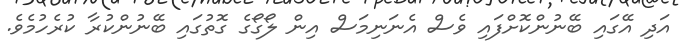
އަދި އޭގައި ބޭނުންކޮށްފައި ވެސް އެނަނިމަސް އިން ލޯގޯގެ ގޮތުގައި ބޭނުންކުރާ ކުރެހުމެވެ.